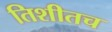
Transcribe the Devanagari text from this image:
तिशीतच